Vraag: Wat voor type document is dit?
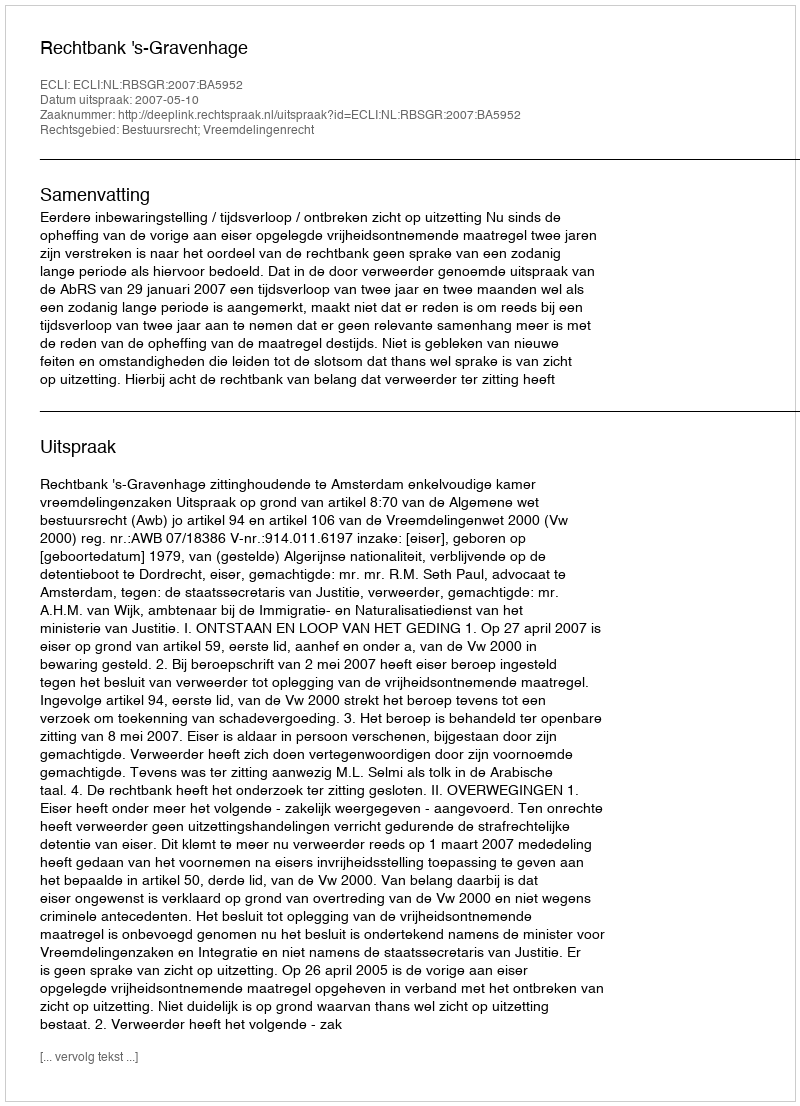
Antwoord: Uitspraak